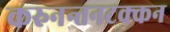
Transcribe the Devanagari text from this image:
करुनन्तनटक्कन